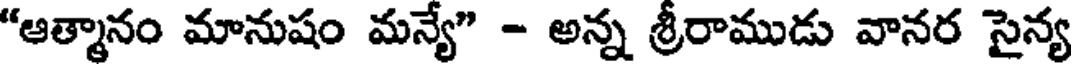
"ఆత్మానం మానుషం మన్యే" - అన్న శ్రీరాముడు వానర సైన్య